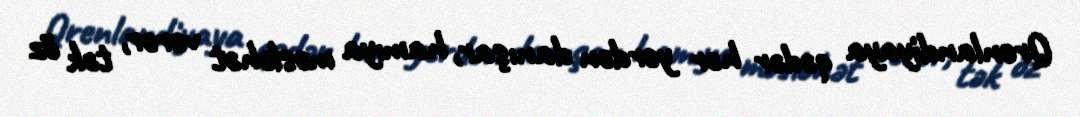
Qrenlandiyaya qədər hər yerdən danışar, hamıya məsləhət verər, tək öz